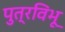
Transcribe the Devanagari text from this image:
पुत्रविभू